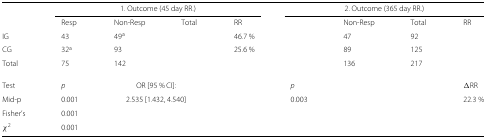
<table><thead><tr><td>[EMPTY_CELL]</td><td colspan="4"><b>1. Outcome (45 day RR.)</b></td><td colspan="4"><b>2. Outcome (365 day RR.)</b></td></tr></thead><tbody><tr><td>[EMPTY_CELL]</td><td>Resp</td><td>Non-Resp</td><td>Total</td><td>RR</td><td>[EMPTY_CELL]</td><td>Non-Resp</td><td>Total</td><td>RR</td></tr><tr><td>IG</td><td>43</td><td>49<sup>a</sup></td><td>[EMPTY_CELL]</td><td>46.7 %</td><td>[EMPTY_CELL]</td><td>47</td><td>92</td><td>[EMPTY_CELL]</td></tr><tr><td>CG</td><td>32<sup>a</sup></td><td>93</td><td>[EMPTY_CELL]</td><td>25.6 %</td><td>[EMPTY_CELL]</td><td>89</td><td>125</td><td>[EMPTY_CELL]</td></tr><tr><td>Total</td><td>75</td><td>142</td><td>[EMPTY_CELL]</td><td>[EMPTY_CELL]</td><td>[EMPTY_CELL]</td><td>136</td><td>217</td><td>[EMPTY_CELL]</td></tr><tr><td>Test</td><td><i>p</i></td><td colspan="2">OR [95 % CI]:</td><td>[EMPTY_CELL]</td><td><i>p</i></td><td colspan="2">[EMPTY_CELL]</td><td><i>Δ</i>RR</td></tr><tr><td>Mid-p</td><td>0.001</td><td colspan="2">2.535 [1.432, 4.540]</td><td>[EMPTY_CELL]</td><td>0.003</td><td colspan="2">[EMPTY_CELL]</td><td>22.3 %</td></tr><tr><td>Fisher’s</td><td>0.001</td><td>[EMPTY_CELL]</td><td>[EMPTY_CELL]</td><td>[EMPTY_CELL]</td><td>[EMPTY_CELL]</td><td>[EMPTY_CELL]</td><td>[EMPTY_CELL]</td><td>[EMPTY_CELL]</td></tr><tr><td><i>χ</i><sup>2</sup></td><td>0.001</td><td>[EMPTY_CELL]</td><td>[EMPTY_CELL]</td><td>[EMPTY_CELL]</td><td>[EMPTY_CELL]</td><td>[EMPTY_CELL]</td><td>[EMPTY_CELL]</td><td>[EMPTY_CELL]</td></tr></tbody></table>